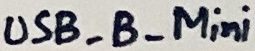
Text: UDB_B_Mini